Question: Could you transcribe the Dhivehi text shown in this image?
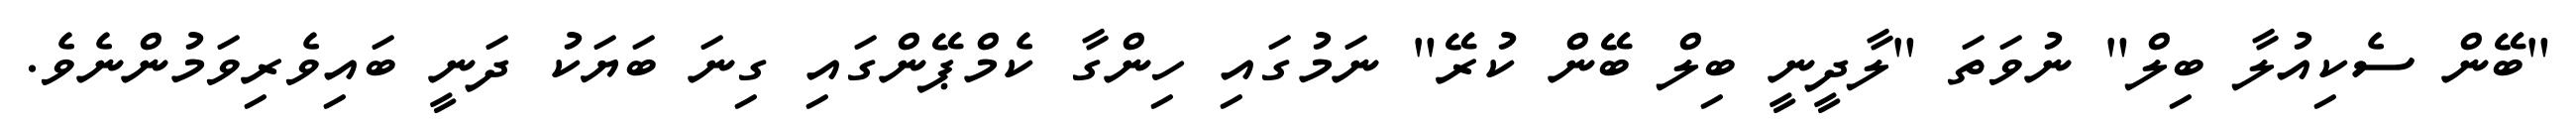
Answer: "ބޭން ސެކިއުލާ ބިލް" ނުވަތަ "ލާދީނީ ބިލް ބޭން ކުރޭ" ނަމުގައި ހިންގާ ކެމްޕޭންގައި ގިނަ ބަޔަކު ދަނީ ބައިވެރިވަމުންނެވެ.